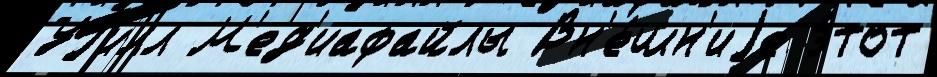
Уjилл М'ед'иафайлы Вн'е́шн'иjе э́тот